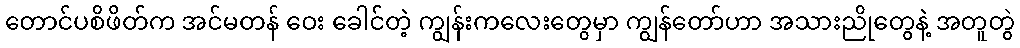
တောင်ပစိဖိတ်က အင်မတန် ဝေး ခေါင်တဲ့ ကျွန်းကလေးတွေမှာ ကျွန်တော်ဟာ အသားညိုတွေနဲ့ အတူတွဲ